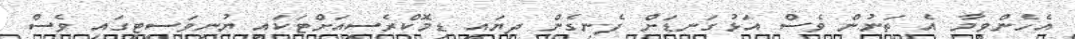
އެހެންވީމާ އެ ތަނުން ވެސް އަޅުގަނޑަށް ފެނިގެން ދިޔައީ ޑިމޮކްރެސީއަށްޓަކައި ޔުނިވަސިޓީގައި ވެސް